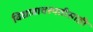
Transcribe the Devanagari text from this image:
विद्यावाचस्पतीसाठी